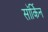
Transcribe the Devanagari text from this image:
सॉर्किन